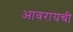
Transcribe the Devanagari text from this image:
आवरायची